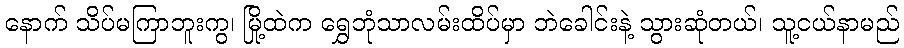
နောက် သိပ်မကြာဘူးကွ၊ မြို့ထဲက ရွှေဘုံသာလမ်းထိပ်မှာ ဘဲခေါင်းနဲ့ သွားဆုံတယ်၊ သူ့ငယ်နာမည်